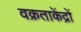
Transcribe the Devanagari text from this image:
वक्रताकेंद्रों